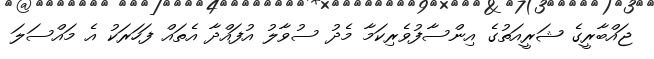
ޖައްބާރީގެ ޝަރީއަތުގެ އިންސާފުވެރިކަމާ މެދު ސުވާލު އުފައްދާ އެތައް ފަހަރަކު އެ މައްސަލަ